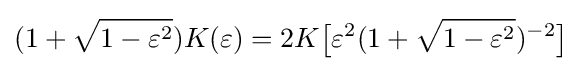
(1+{\sqrt {1-\varepsilon ^{2}}})K(\varepsilon )=2K{\bigl [}\varepsilon ^{2}(1+{\sqrt {1-\varepsilon ^{2}}})^{-2}{\bigr ]}